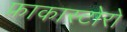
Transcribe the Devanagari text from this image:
फ्राकास्टोरो